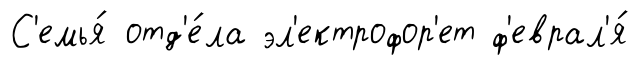
С'емья́ отд'е́ла эл'ектрофор'ет ф'еврал'я́